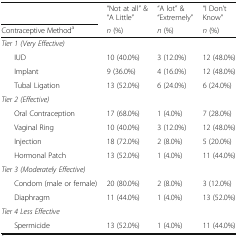
<table><thead><tr><td colspan="2"></td><td><b>“Not at all” &amp; “A Little”</b></td><td><b>“A lot” &amp; “Extremely”</b></td><td><b>“I Don’t Know”</b></td></tr><tr><td colspan="2"><b>Contraceptive Method<sup>a</sup></b></td><td><b><i>n</i> (%)</b></td><td><b><i>n</i> (%)</b></td><td><b><i>n</i> (%)</b></td></tr></thead><tbody><tr><td colspan="2"><i>Tier 1 (Very Effective)</i></td><td></td><td></td><td></td></tr><tr><td></td><td>IUD</td><td>10 (40.0%)</td><td>3 (12.0%)</td><td>12 (48.0%)</td></tr><tr><td></td><td>Implant</td><td>9 (36.0%)</td><td>4 (16.0%)</td><td>12 (48.0%)</td></tr><tr><td></td><td>Tubal Ligation</td><td>13 (52.0%)</td><td>6 (24.0%)</td><td>6 (24.0%)</td></tr><tr><td colspan="2"><i>Tier 2 (Effective)</i></td><td></td><td></td><td></td></tr><tr><td></td><td>Oral Contraception</td><td>17 (68.0%)</td><td>1 (4.0%)</td><td>7 (28.0%)</td></tr><tr><td></td><td>Vaginal Ring</td><td>10 (40.0%)</td><td>3 (12.0%)</td><td>12 (48.0%)</td></tr><tr><td></td><td>Injection</td><td>18 (72.0%)</td><td>2 (8.0%)</td><td>5 (20.0%)</td></tr><tr><td></td><td>Hormonal Patch</td><td>13 (52.0%)</td><td>1 (4.0%)</td><td>11 (44.0%)</td></tr><tr><td colspan="2"><i>Tier 3 (Moderately Effective)</i></td><td></td><td></td><td></td></tr><tr><td></td><td>Condom (male or female)</td><td>20 (80.0%)</td><td>2 (8.0%)</td><td>3 (12.0%)</td></tr><tr><td></td><td>Diaphragm</td><td>11 (44.0%)</td><td>1 (4.0%)</td><td>13 (52.0%)</td></tr><tr><td colspan="2"><i>Tier 4 Less Effective</i></td><td></td><td></td><td></td></tr><tr><td></td><td>Spermicide</td><td>13 (52.0%)</td><td>1 (4.0%)</td><td>11 (44.0%)</td></tr></tbody></table>